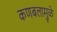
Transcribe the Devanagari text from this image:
कणबलामुळे